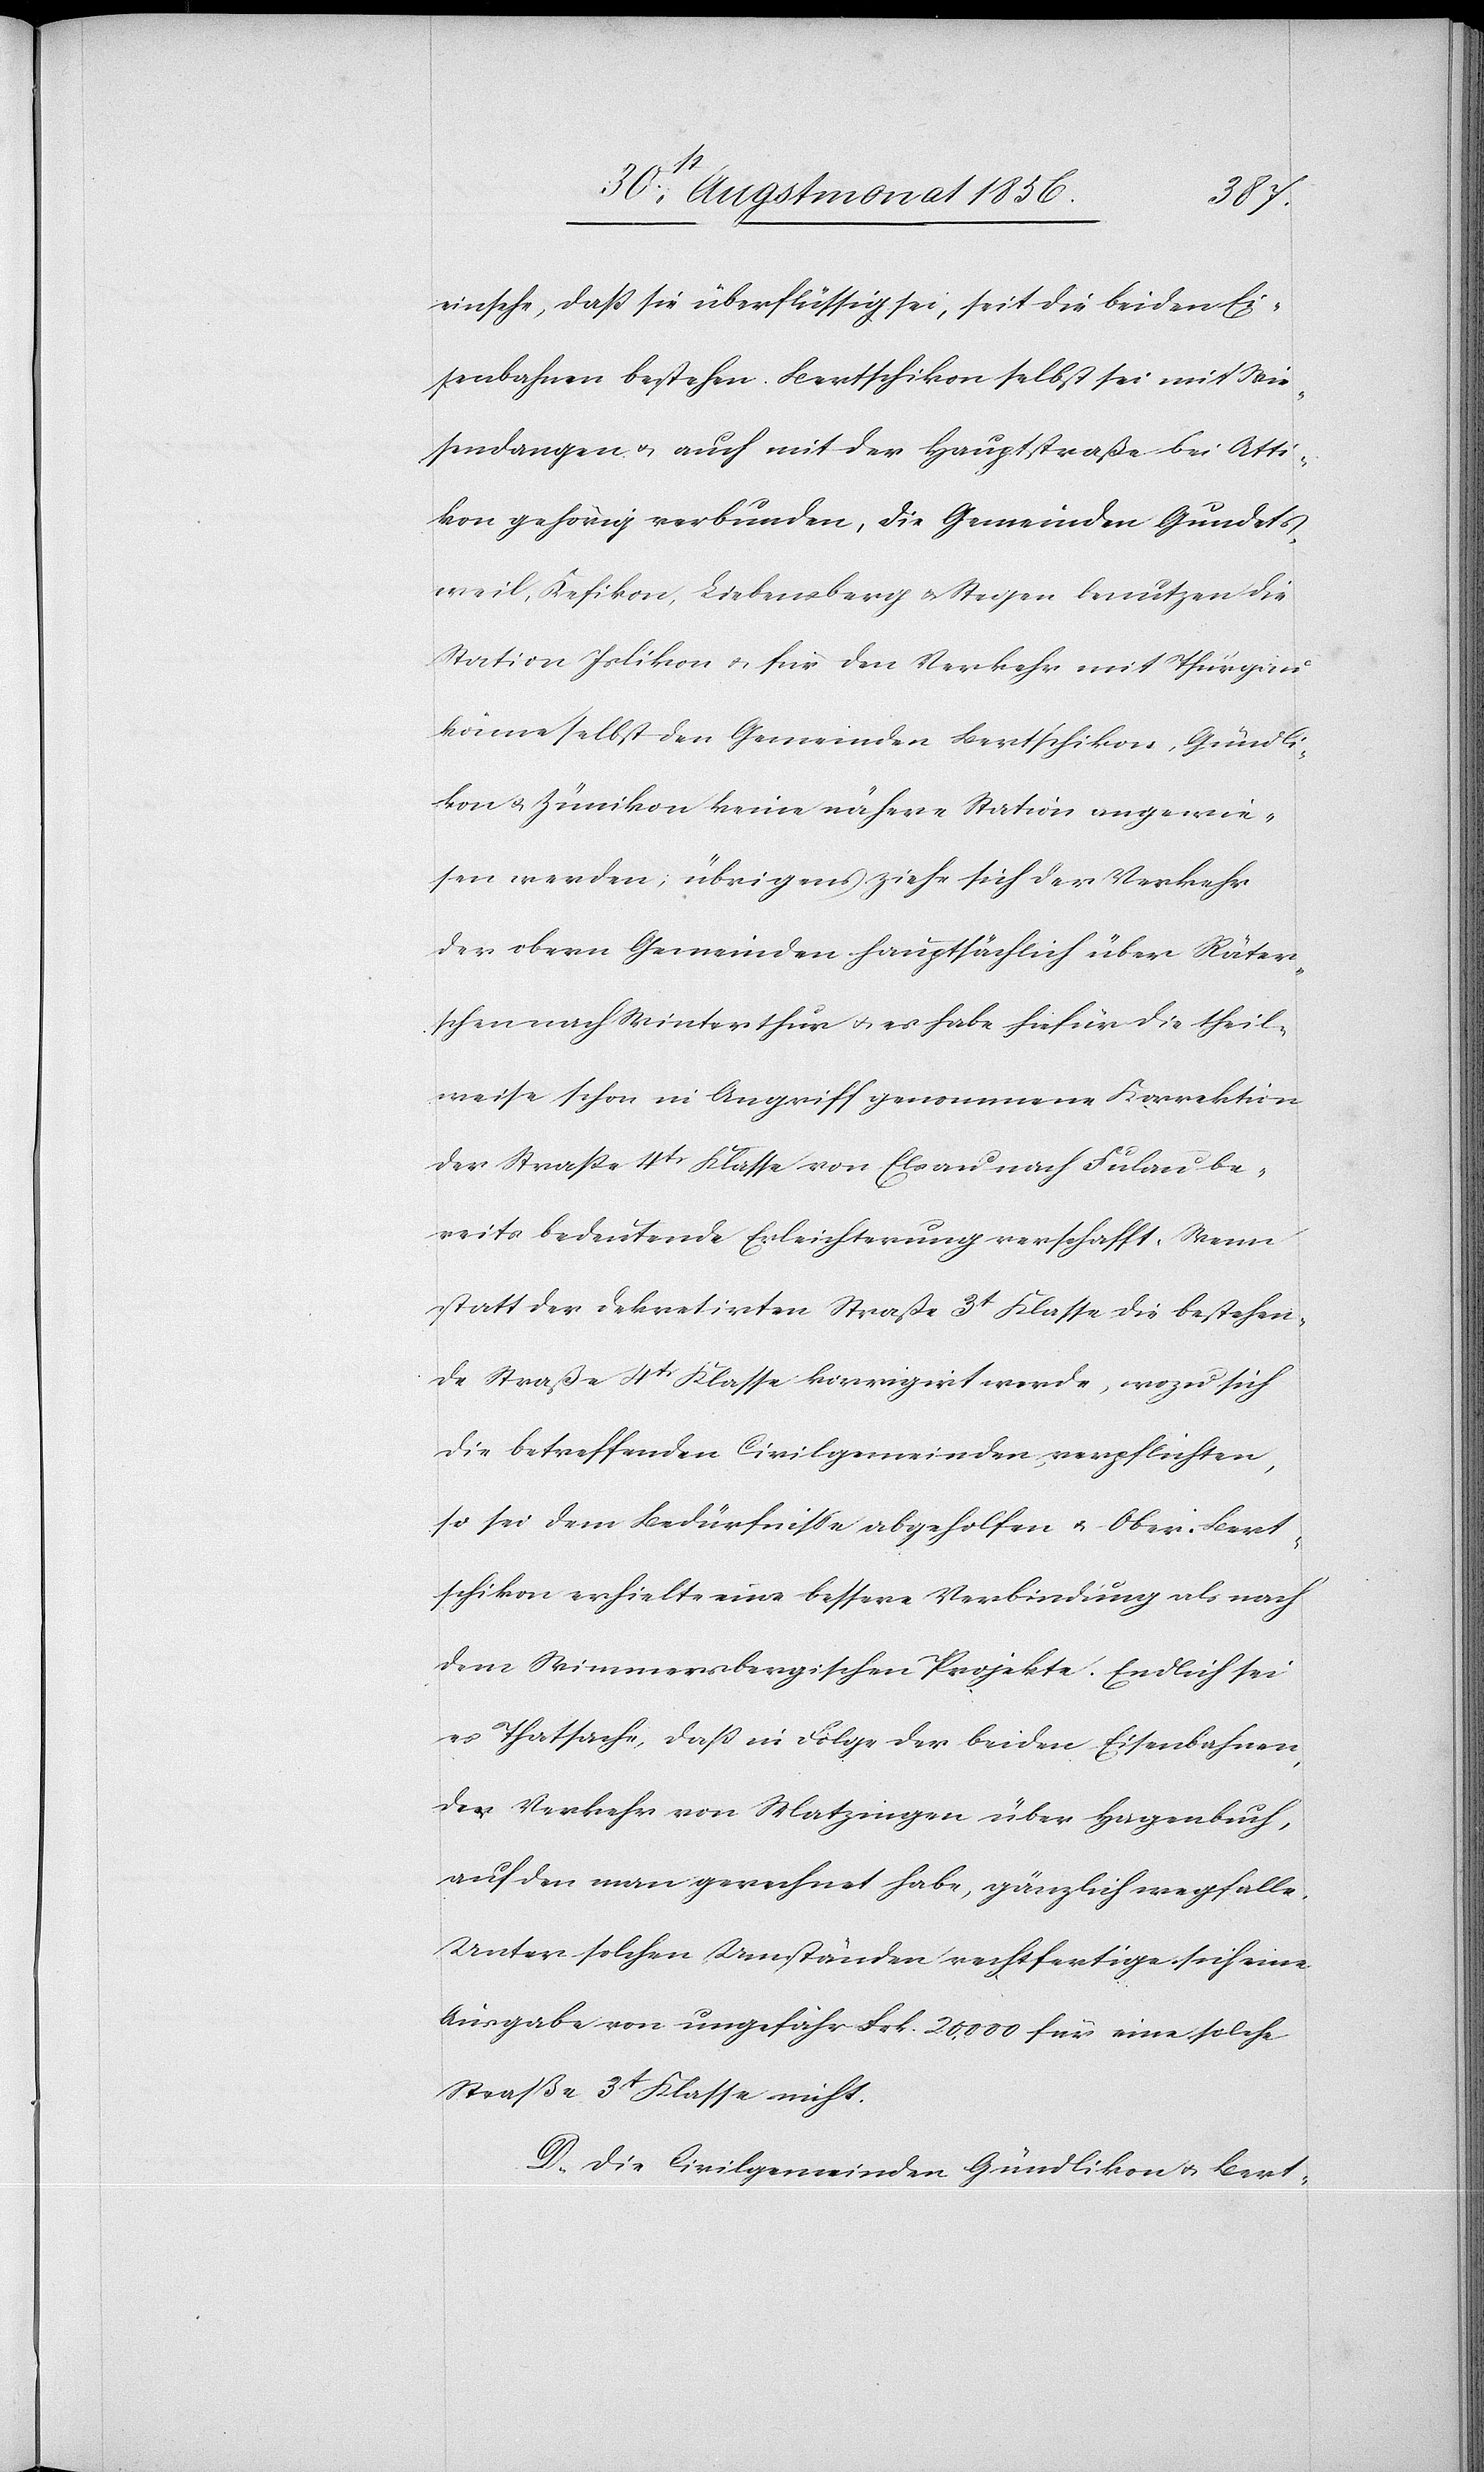
einsehe, dass sie überflüssig sei, seit die beiden Ei¬
senbahnen bestehen. Bertschikon selbst sei mit Wie¬
sendangen u. auch mit der Hauptstraße bei Atti¬
kon gehörig verbunden, die Gemeinden Gundets¬
weil, Kefikon, Liebensberg [sic!] u. Stegen benutzen die
Station Islikon u. für den Verkehr mit Thurgau
könne selbst den Gemeinden Bertschikon, Gündli¬
kon u. Zünikon keine nähere Station angewie¬
sen werden; übrigens ziehe sich der Verkehr
der obern Gemeinden hauptsächlich über Räter¬
schen nach Winterthur u. es habe hiefür die theil¬
weise schon in Angriff genommene Korrektion
der Strasse 4tr Klasse von Elsau nach Fulau be¬
reits bedeutende Erleichterung verschafft. Wenn
statt der dekretirten Straße 3t Klasse die bestehen¬
de Straße 4tr Klasse korrigirt werde, wozu sich
die betreffenden Civilgemeinden verpflichten,
so sei dem Bedürfnisse abgeholfen u. Ober-Bert¬
schikon erhielte eine bessere Verbindung als nach
dem Wimmersbergischen Projekte. Endlich sei
es Thatsache, dass in Folge der beiden Eisenbahnen,
der Verkehr von Matzingen über Hagenbuch,
auf den man gerechnet habe, gänzlich wegfalle.
Unter solchen Umständen rechtfertige sich eine
Ausgabe von ungefähr Frk. 20,000 für eine solche
Straße 3tr Klasse nicht.
D. Die Civilgemeinden Gündlikon u. Bert-